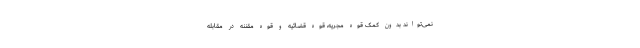
نمی‌تواند بدون کمک قوهٔ مجریه، قوهٔ قضائیه و قوهٔ مقننه در مقابله